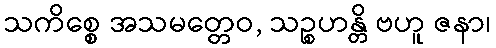
သကိစ္စေ အသမတ္တေဝ, သဉ္စဟန္တိ ဗဟူ ဇနာ၊